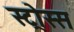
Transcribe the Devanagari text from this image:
स्ट्रोस्स